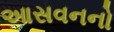
આસવનનો